Medical and sanitary report of the native army of Bengal for the year
Year: 1878
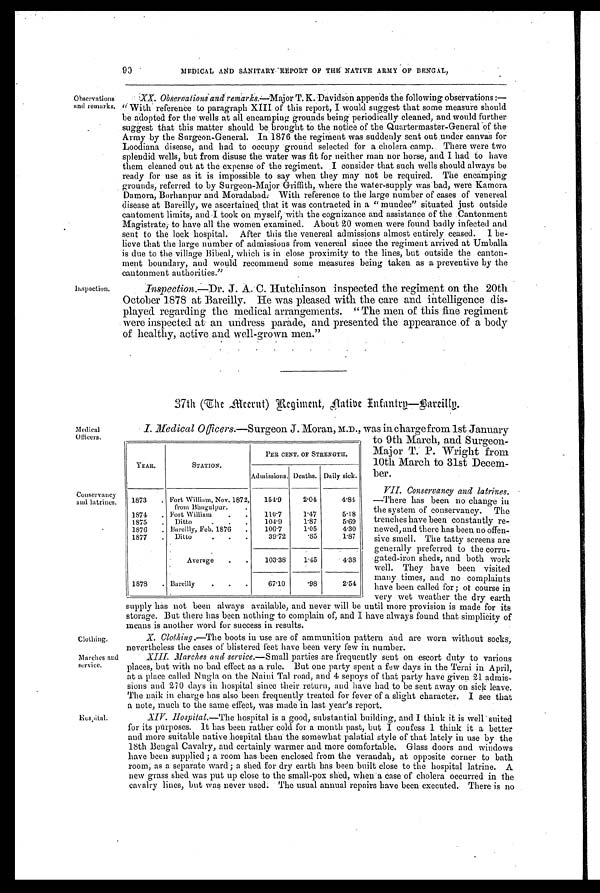
90
MEDICAL AND SANITARY REPORT OF THE NATIVE ARMY OF BENGAL,
Observations
and remarks.
Inspection.
XX. Observations and remarks.—Major T.K. Davidson appends the following observations :
— " W i t h r e f e r e n c e t o p a r a g r a p h X I I I o f t h i s r e p o r t , I w o u l d s u g g e s t t h a t s o m e m e a s u r e s h o u l d
be adopted for the wells at all encamping grounds being periodically cleaned, and would further
suggest that this matter should be brought to the notice of the Quartermaster-General of the
Army by the Surgeon-General. In 1876 the regiment was suddenly sent out under canvas for
Loodiana disease, and had to occupy ground selected for a cholera camp.. There were two
splendid wells, but from disuse the water was fit for neither man nor horse, and I had to have
them cleaned out at the expense of the regiment. :I consider that such wells should always be
ready for use as it is impossible to say when they may not be required. The encamping
grounds, referred to by Surgeon-Major Griffith, where the water-supply was bad, were Kamora
Damora, Borhanpur and Moradabad With reference to the large number of cases of venereal
disease at Bareilly, we ascertained that it was contracted in a " muudee" situated just outside
cantoment limits, and I took on myself, with the cognizance and assistance of the Cantonment
Magistrate, to have all the women examined. About 20 women were found badly infected and
sent to the lock hospital. After this the venereal admissions almost entirely ceased. I be-
lieve that the large number of admissions from venereal since the regiment arrived at Umballa
is due to the village Bibeal, which is in close proximity to the lines, but outside the canton-
ment boundary, and would recommend some measures being taken as a preventive by the
cantonment authorities."
Inspection.—Dr. J. A.C. Hutchinson inspected the regiment on the 20th
October 1878 at Bareilly. He was pleased with the care and intelligence dis-
played regarding the medical arrangements. " The men of this fine regiment
were inspected at an undress parade, and presented the appearance.of a body
of healthy, active and well-grown men."
37th (The Meerat) Regiment, Aatibe Infantry—Bareilly
Medical
Officers.
Conservancy
and latrines.
Clothing.
Marches and
service.
I. Medical Officers.—Surgeon J. Moran, M.D., was in chargefrom 1st January
to 9th March, and Surgeon-
Major T. P. Wright from
10th March to 31st Decem-
ber.
VII. Conservancy and latrines.
—There has been no change in
the system of conservancy. The
trenches have been constantly re-
newed, and there has been no offen-
sive smell. The tatty screens are
generally preferred to the corru-
-gated-iron sheds, and both work
well. They have been visited
many times, and no complaints
have been called for ; of course in
very wet weather the dry earth
supply has not been always available, and never will be until more provision is made for its
storage. But there has been nothing to complain of, and I have always found that simplicity of
means is another word for success in results.
X. Clothing.—The boots iu use are of ammunition pattern and are worn without socks,
nevertheless the cases of blistered feet have been very few in number.
XIII. Marches and service.—Small parties are frequently sent on escort duty to various
places, but with no bad effect as a rule. But one party spent a few days in the Terai in April,
at a place called Nugla on the Naini Tal road, and 4 sepoys of that party have given 21 admis-
sions and 270 days in hospital since their return, and have had to be sent away on sick leave.
The naik in charge has also been frequently treated for fever of a slight character. I see that
a note, much to the same effect, was made in last year's report.
XIV. Hospital. —The hospital is a good, substantial building, and I think it is well suited
for its purposes. It has been rather cold for a month past, but I confess I think it a better
and more suitable native hospital than the somewhat palatial style of that lately in use by the
18th Bengal Cavalry, and certainly warmer and more Comfortable. Glass doors and windows
have been supplied ; a room has been enclosed from the verandah, at opposite corner to bath
room; as a separate ward; a shed for dry earth has been built close to the hospital latrine. A
new grass shed was put up close to the small-pox shed, when a Case of cholera occurred in the
cavalry lines, but was never used The usual annual repairs have been executed. There is no
YEAR.
STATION.
PER CENT. OF STRENGTH.
Admissions. Deaths. Daily sick.
1873 . Fort William, Nov. 1872,
from Bhagulpur.
.
154.9
2.04
4.84
1874 . Fort William
. . 110.7
1.47
5.18
1875 . Ditto
. . .
104.9
1.87
5.69
1876 . Bareilly, Feb. 1876 .
106.7
1.05
4.30
1877 . Ditto
39.72
.85
1.87
Average . .
103.38
1.45
4.38
1878 . Bareilly
. . .
67.10
.98
2.54